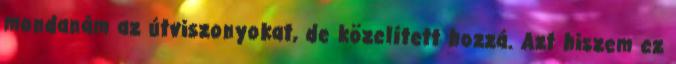
mondanám az útviszonyokat, de közelített hozzá. Azt hiszem ez